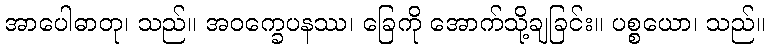
အာပေါဓာတု၊ သည်။ အဝက္ခေပနဿ၊ ခြေကို အောက်သို့ချခြင်း။ ပစ္စယော၊ သည်။